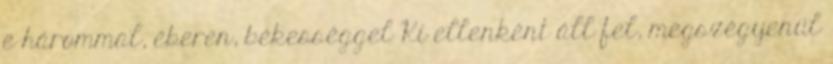
e hárommal, éberen, békességgel Ki ellenként áll fel, megszégyenül